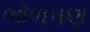
ભોળપણ